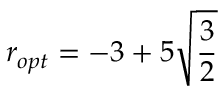
r _ { o p t } = - 3 + 5 \sqrt { \frac { 3 } { 2 } }